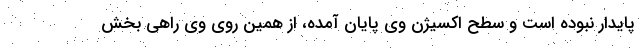
پایدار نبوده است و سطح اکسیژن وی پایان آمده، از همین روی وی راهی بخش